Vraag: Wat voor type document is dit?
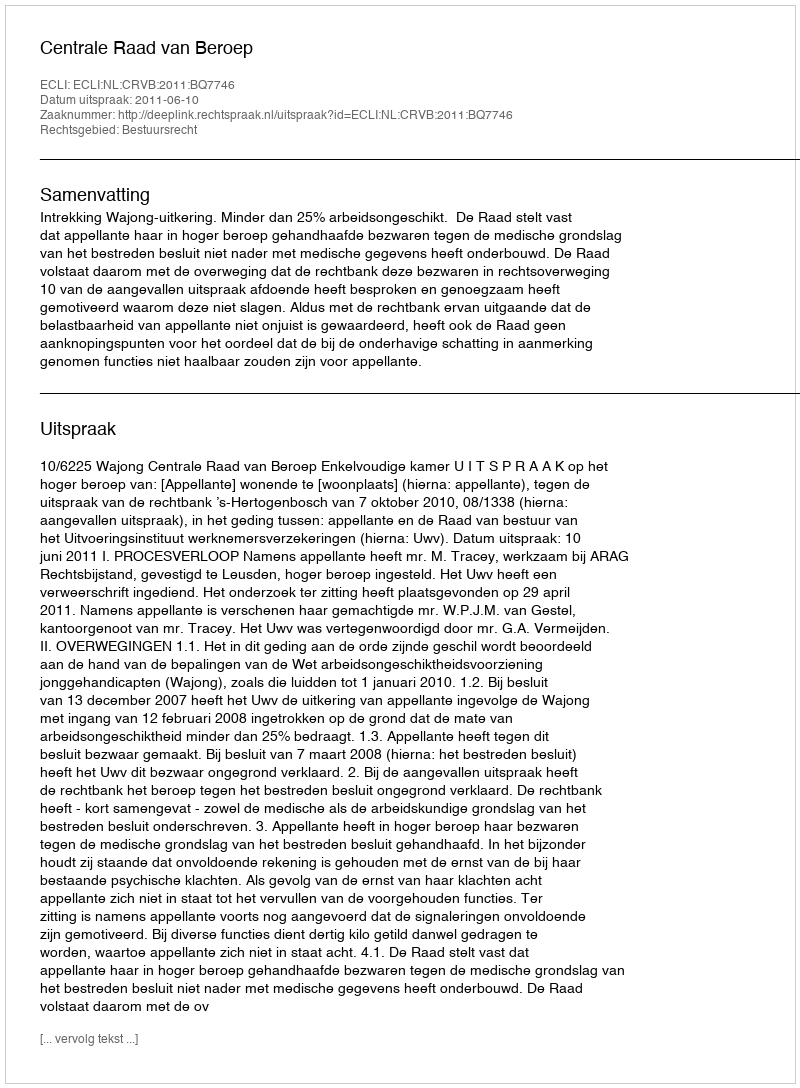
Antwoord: Uitspraak